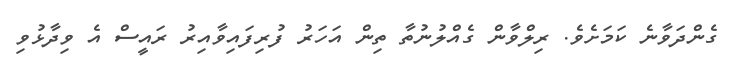
ގެންދަވާނެ ކަމަށެވެ. ރިލްވާން ގެއްލުނުތާ ތިން އަހަރު ފުރިފައިވާއިރު ރައީސް އެ ވިދާޅުވި